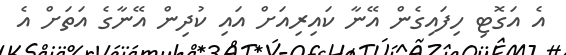
އެ އަގޮޓި ހިފައިގެން އޭނާ ކައިރިއަށް އައި ކުދިން އޭނާގެ އަތަށް އެ